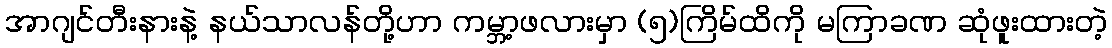
အာဂျင်တီးနားနဲ့ နယ်သာလန်တို့ဟာ ကမ္ဘာ့ဖလားမှာ (၅)ကြိမ်ထိကို မကြာခဏ ဆုံဖူးထားတဲ့